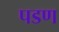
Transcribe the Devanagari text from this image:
पडण